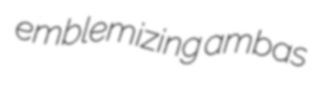
emblemizing ambas